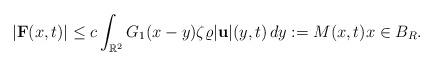
LaTeX: \begin{align*}|\mathbf F(x,t)|\leq c\int_{\mathbb R^2} G_1(x-y)\zeta\varrho|\mathbf u|(y,t)\,dy:= M(x,t) x\in B_R.\end{align*}